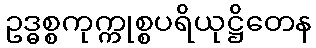
ဥဒ္ဓစ္စကုက္ကုစ္စပရိယုဋ္ဌိတေန